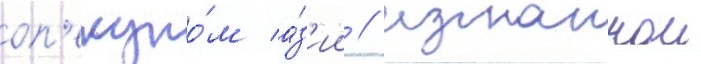
оп'екуно́м а́з'ии / изгнаннои